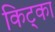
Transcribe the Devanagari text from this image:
किट्का